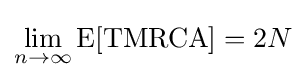
\lim _{n\rightarrow \infty }\mathrm {E} [\mathrm {TMRCA} ]=2N